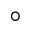
^ \circ